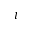
\imath